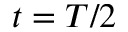
t = T / 2